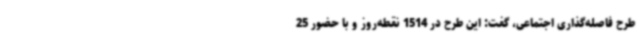
طرح فاصله‌گذاری اجتماعی، گفت: این طرح در 1514 نقطه‌روز و با حضور 25